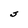
Character: S